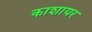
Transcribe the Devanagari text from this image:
काशायर